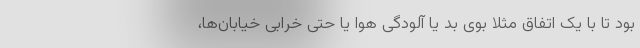
بود تا با یک اتفاق مثلا بوی بد یا آلودگی هوا یا حتی خرابی خیابان‌ها،